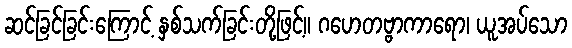
ဆင်ခြင်ခြင်းကြောင့် နှစ်သက်ခြင်းတို့ဖြင့်။ ဂဟေတဗ္ဗာကာရော၊ ယူအပ်သော